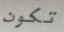
تكون